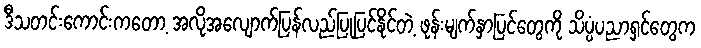
ဒီသတင်းကောင်းကတော့ အလိုအလျောက်ပြန်လည်ပြုပြင်နိုင်တဲ့ ဖုန်းမျက်နှာပြင်တွေကို သိပ္ပံပညာရှင်တွေက